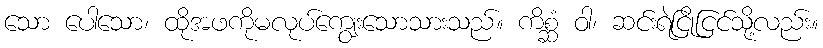
သော ပေါသော၊ ထိုအဖကိုမလုပ်ကျွေးသောသားသည်။ ကိစ္ဆံ ဝါ၊ ဆင်းရဲငြိုငြင်သို့လည်း။